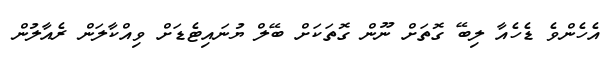
އެހެންވެ ޑެހެއާ ލިބޭ ގޮތަށް ނޫން ގޮތަކަށް ބޭލް ޔުނައިޓެޑަށް ވިއްކާލަން ރެއާލުން